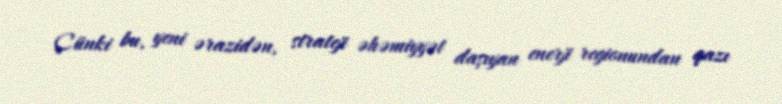
Çünki bu, yeni ərazidən, strateji əhəmiyyət daşıyan enerji regionundan qazı